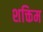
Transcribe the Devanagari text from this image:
शक्तिम